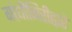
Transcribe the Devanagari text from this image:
गांधीगिरीद्वारे